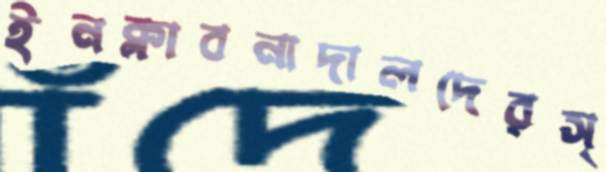
ইনক্লাবনাদালদেরস্